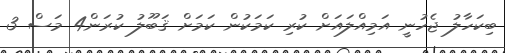
ބިކަހާލު ޖެހުނީ އަމިއްލައަށް ކުރި ކަމަކުން ކަމަށް ޤަބޫލު ކުރަން4 މަސް 3